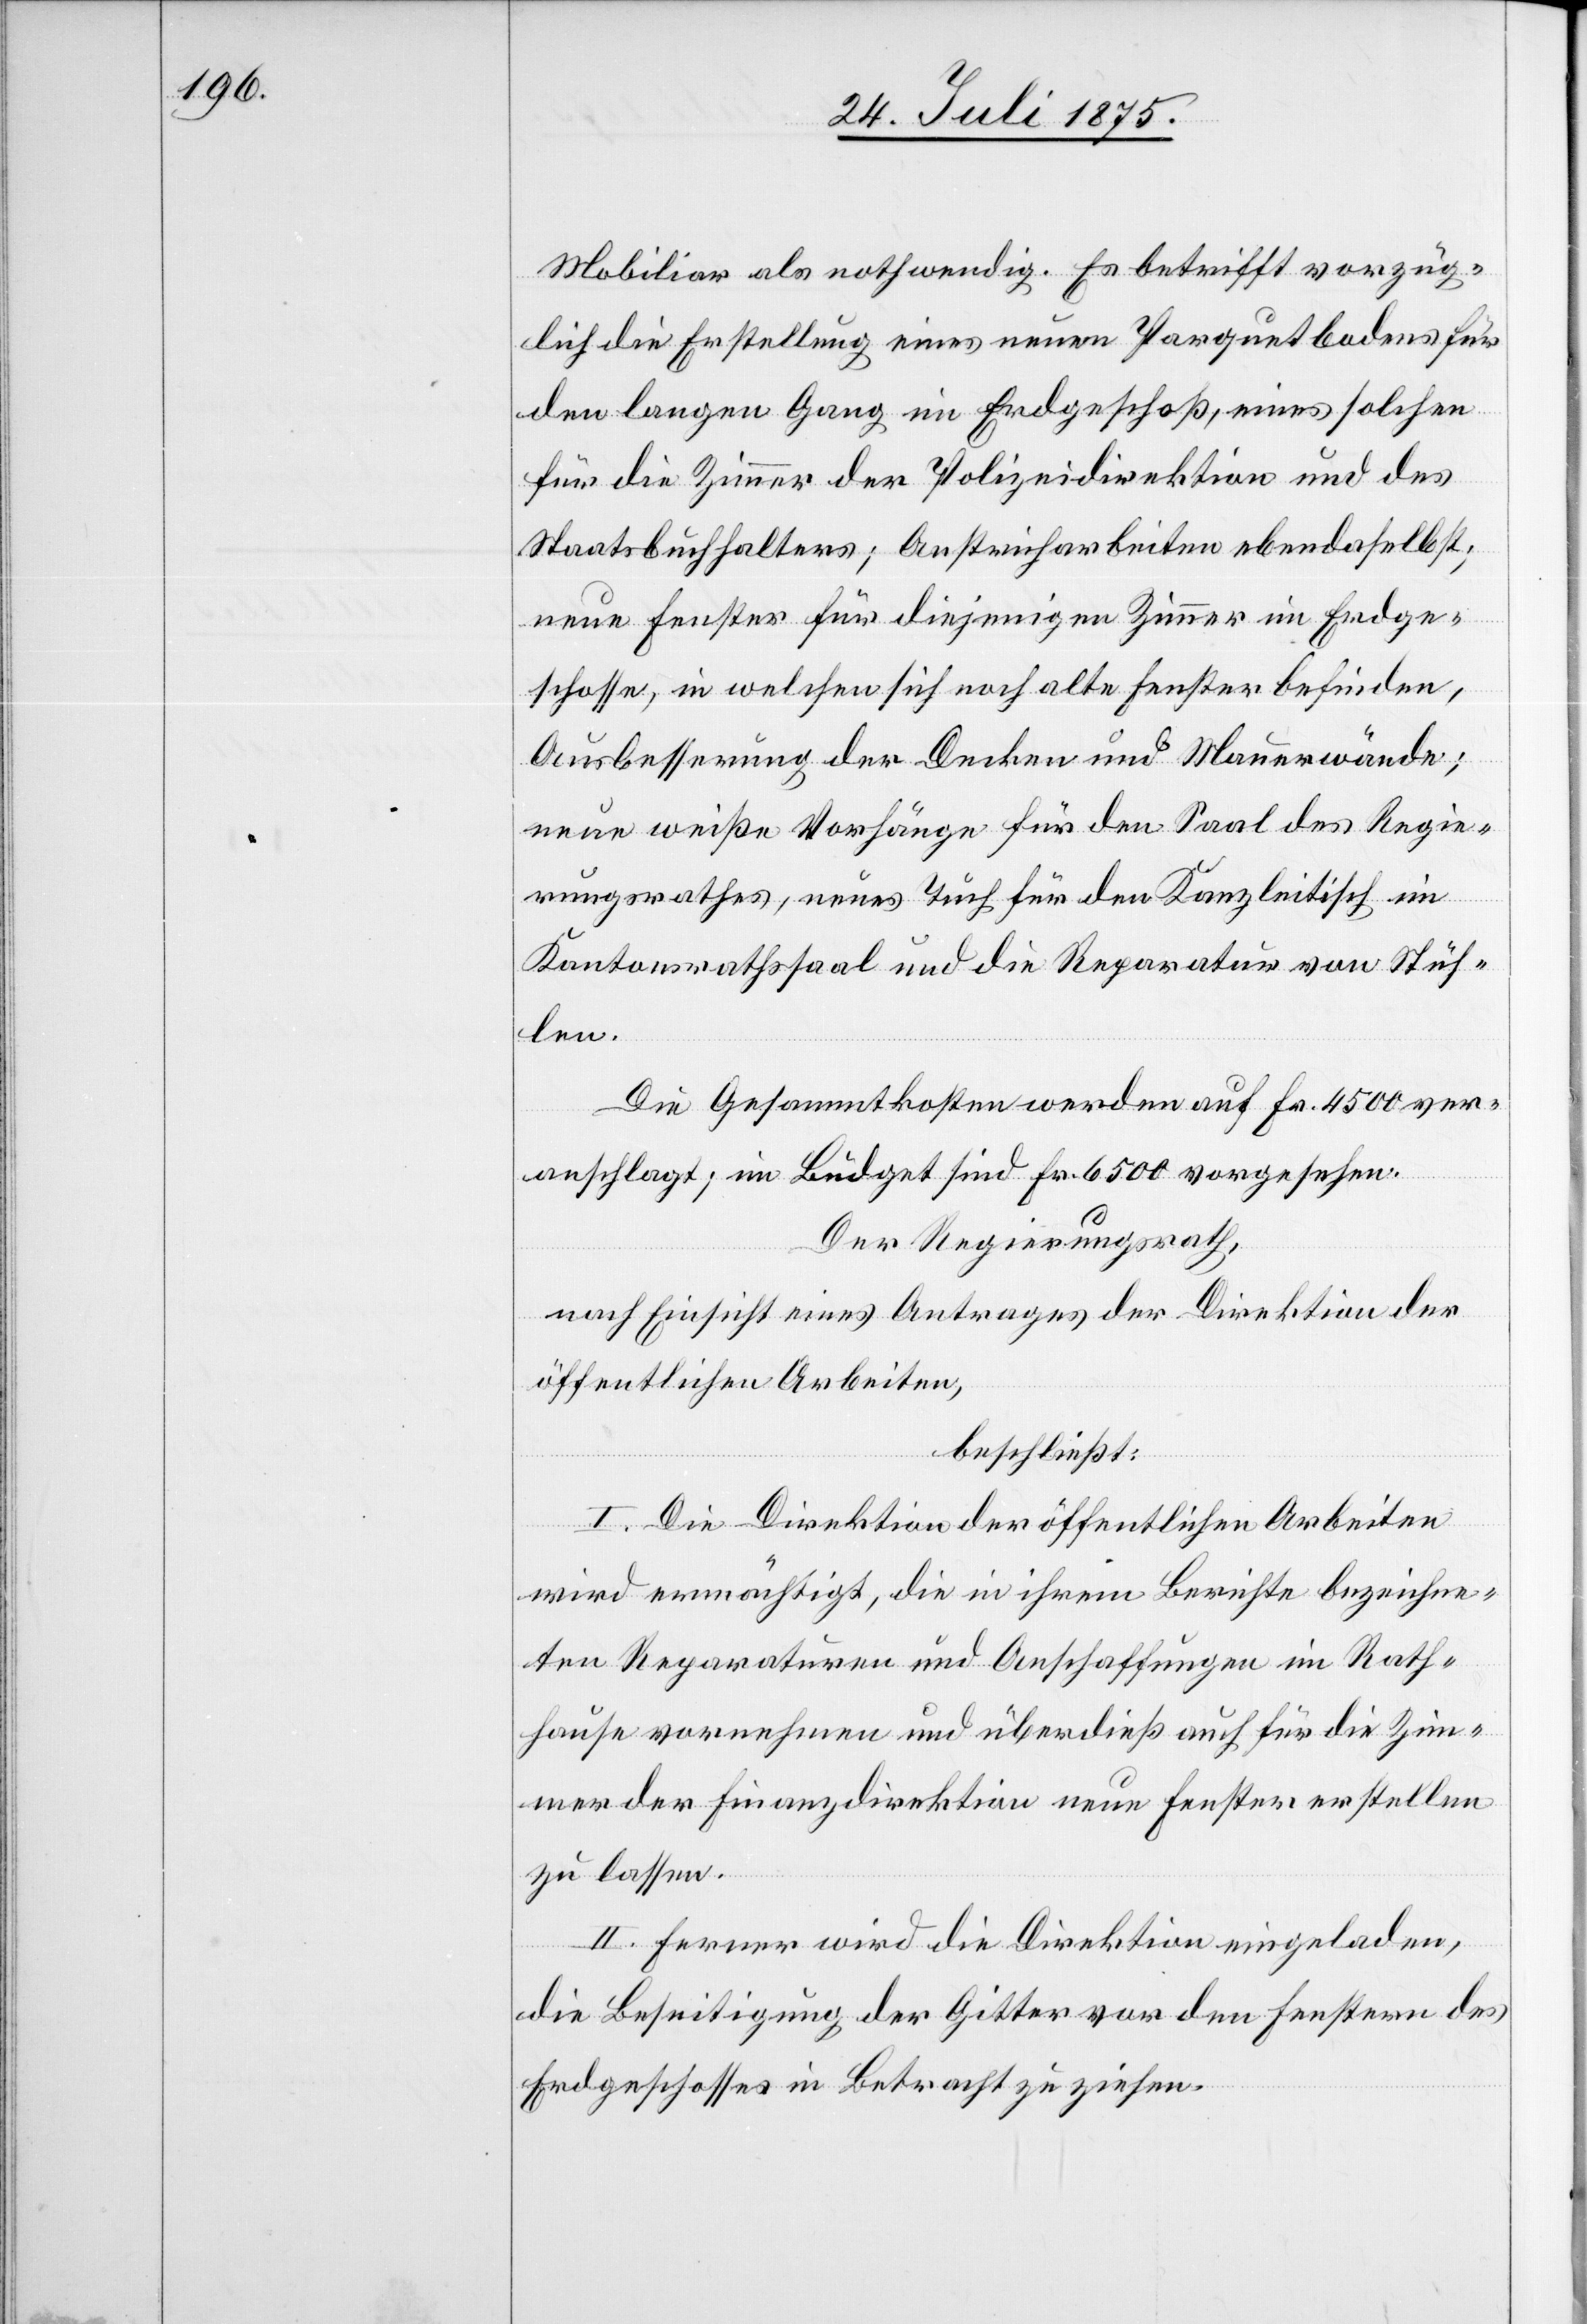
Mobiliar als nothwendig. Es betrifft vorzüg¬
lich die Erstellung eines neuen Parquetbodens für
den langen Gang im Erdgeschoß, eines solchen
für die Zimmer der Polizeidirektion und des
Staatsbuchhalters; Anstricharbeiten ebendaselbst;
neuen Fenster für diejenigen Zimmer im Erdge¬
schosse, in welchen sich noch alte Fenster befinden,
Ausbesserung der Decken und Mauerwände;
neue weiße Vorhänge für den Saal des Regie¬
rungsrathes, neues Tuch für den Kanzleitisch im
Kantonsrathssaal und die Reparatur von Stüh¬
len.
Die Gesammtkosten werden auf Fr. 4500 ver¬
anschlagt, im Büdget sind Fr. 6500 vorgesehen.
Der Regierungsrath,
nach Einsicht eines Antrages der Direktion der
öffentlichen Arbeiten,
beschließt:
I. Die Direktion der öffentlichen Arbeiten
wird ermächtigt, die in ihrem Berichte bezeichne¬
ten Reparaturen und Anschaffungen im Rath¬
hause vornehmen und überdieß auch für die Zim¬
mer der Finanzdirektion neue Fenster erstellen
zu lassen.
II. Ferner wird die Direktion eingeladen,
die Beseitigung der Gitter vor den Fenstern des
Erdgeschosses in Betracht zu ziehen.